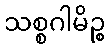
သစ္စဂါမိဉ္စ